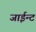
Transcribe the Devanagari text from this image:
जाईन्ट